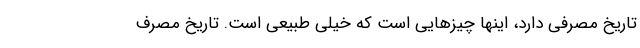
تاریخ مصرفی دارد، اینها چیزهایی است که خیلی طبیعی است. تاریخ مصرف